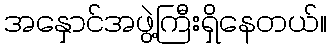
အနှောင်အဖွဲ့ကြီးရှိနေတယ်။